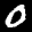
Label: 0